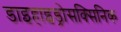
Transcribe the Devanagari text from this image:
डाइहाइड्रोसक्सिनिक